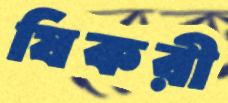
যিকরী